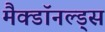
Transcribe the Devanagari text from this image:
मैक्डॉनल्ड्स